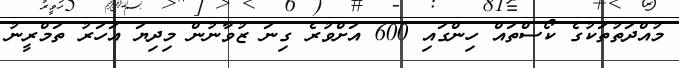
މުއްދަތުތަކުގެ ކޯސްތައް ހިންގައި 600 އަށްވުރެ ގިނަ ޒުވާނުން މިދިޔަ އަހަރު ތަމްރީނު